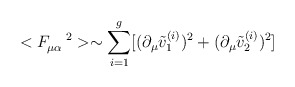
\begin{align*}<F_{\mu\alpha}^{\quad2}>\sim\sum_{i=1}^{g}[(\partial_{\mu}\tilde{v}_{1}^{(i)})^{2}+(\partial_{\mu}\tilde{v}_{2}^{(i)})^{2}]\end{align*}